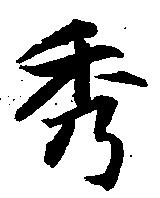
秀